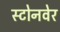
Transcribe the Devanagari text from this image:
स्टोनवेर